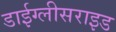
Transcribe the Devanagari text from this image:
डाईग्लीसराइड